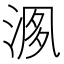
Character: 𣶘